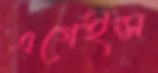
এগেইন্স